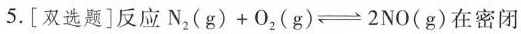
5.[双选题]反应$$N _ { 2 } ( g ) + O _ { 2 } ( g ) \rightleftharpoons 2 N O ( g )$$在密闭